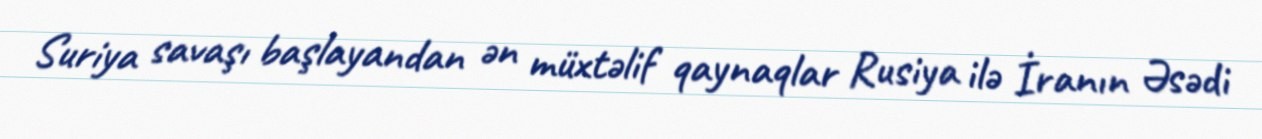
Suriya savaşı başlayandan ən müxtəlif qaynaqlar Rusiya ilə İranın Əsədi